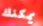
يمكنك